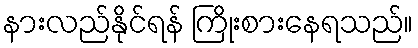
နားလည်နိုင်ရန် ကြိုးစားနေရသည်။